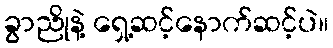
ခွာညိုနဲ့ ရှေ့ဆင့်နောက်ဆင့်ပဲ။